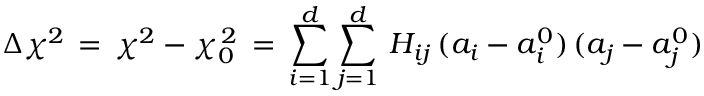
\Delta \chi ^ { 2 } \, = \, \chi ^ { 2 } - \chi _ { 0 } ^ { \, 2 } \, = \, \sum _ { i = 1 } ^ { d } \sum _ { j = 1 } ^ { d } \, H _ { i j } \, ( a _ { i } - a _ { i } ^ { 0 } ) \, ( a _ { j } - a _ { j } ^ { 0 } )